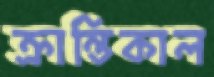
ক্রান্তিকাল